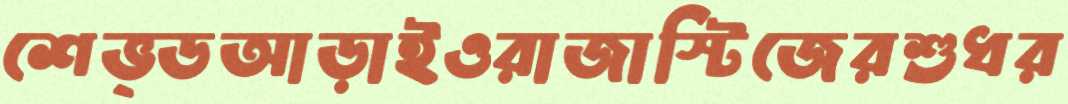
শেভ্ডআড়াইওরাজাস্টিজেরশুধর